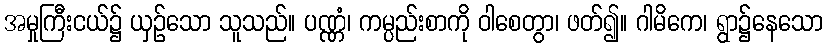
အမှုကြီးငယ်၌ ယှဉ်သော သူသည်။ ပဏ္ဏံ၊ ကမ္ပည်းစာကို ဝါစေတွာ၊ ဖတ်၍။ ဂါမိကေ၊ ရွာ၌နေသော